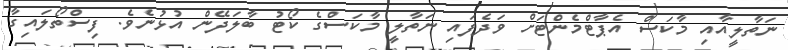
ނަތާލީއާއި މާކަސް އެޕާޓްމެންޓަށް ވަދެފައި ނަތާލީ މާކަސްގެ ކޯޓު ބާލަދޭން އުޅުނެވެ. ފިސްތޯލައިގާ